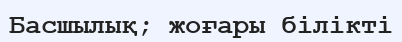
Басшылық; жоғары білікті